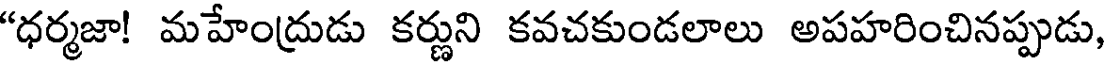
"ధర్మజా! మహేంద్రుడు కర్ణుని కవచకుండలాలు అపహరించినప్పుడు,